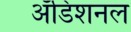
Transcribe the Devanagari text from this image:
अॅडिशनल